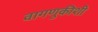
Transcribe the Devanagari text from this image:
वागणुकीशी